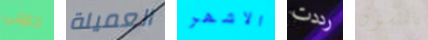
دعينى العميلة الاشهر رددت بالتسوق